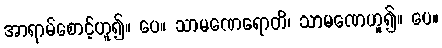
အာရာမ်စောင့်ဟူ၍။ ပေ။ သာမဏေရောတိ၊ သာမဏေဟူ၍။ ပေ။